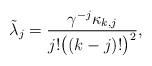
LaTeX: \begin{align*}\tilde \lambda_{j} =\frac{\gamma^{-j}\kappa_{k,j}}{j!\big((k-j)!\big)^2},\end{align*}